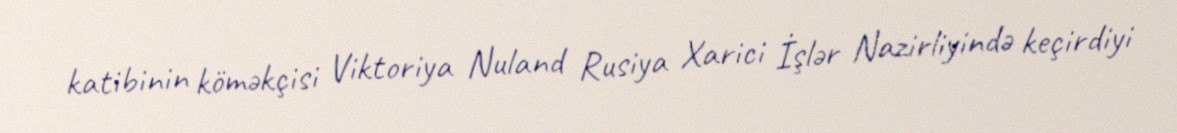
katibinin köməkçisi Viktoriya Nuland Rusiya Xarici İşlər Nazirliyində keçirdiyi